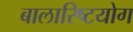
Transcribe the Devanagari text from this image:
बालारिष्टयोग